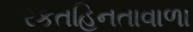
રકતહિનતાવાળા